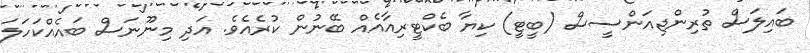
ބައިލަސް ތުރިންޖިއަންސީސް (ބީޓީ) ކިޔާ ބެކްޓީރިއާއެއް ބޭނުން ކުރެއެވެ. އަދި މިނޫނަސް ބައެއްކަހަލަ